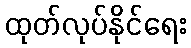
ထုတ်လုပ်နိုင်ရေး